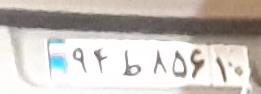
۹۴ط۸۵۶۱۰